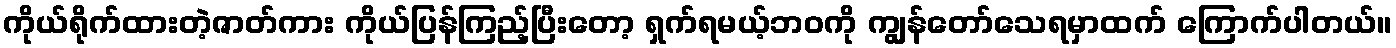
ကိုယ်ရိုက်ထားတဲ့ဇာတ်ကား ကိုယ်ပြန်ကြည့်ပြီးတော့ ရှက်ရမယ့်ဘဝကို ကျွန်တော်သေရမှာထက် ကြောက်ပါတယ်။